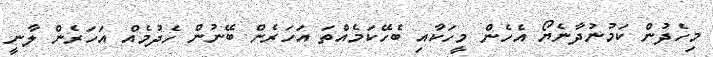
މިހެދުން ކަމުނުދާނެޔޯ އެހެން މީހަކާއި ބެހޭކަމެއްތަ އަހަރެން ބޭނުން ހެދުމެއް އަހަރެން ލާނީ